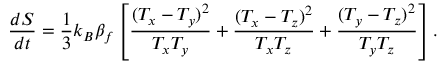
\frac { d S } { d t } = \frac { 1 } { 3 } k _ { B } \beta _ { f } \left[ \frac { { ( T _ { x } - T _ { y } ) } ^ { 2 } } { T _ { x } T _ { y } } + \frac { { ( T _ { x } - T _ { z } ) } ^ { 2 } } { T _ { x } T _ { z } } + \frac { { ( T _ { y } - T _ { z } ) } ^ { 2 } } { T _ { y } T _ { z } } \right] .